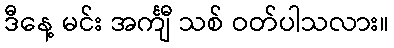
ဒီနေ့ မင်း အင်္ကျီ သစ် ဝတ်ပါသလား။